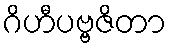
ဂိဟီပဗ္ဗဇိတာ